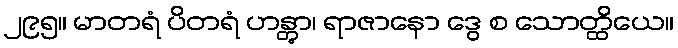
၂၉၅။ မာတရံ ပိတရံ ဟန္တွာ၊ ရာဇာနော ဒွေ စ သောတ္ထိယေ။